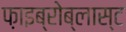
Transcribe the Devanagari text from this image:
फ़ाइब्रोब्लास्ट